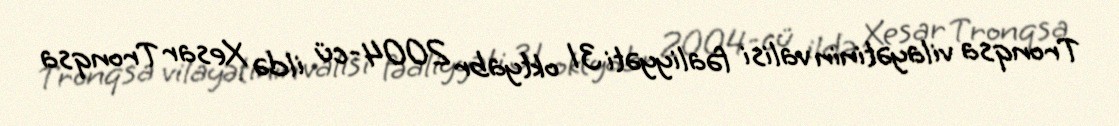
Tronqsa vilayətinin valisi fəaliyyəti 31 oktyabr 2004-cü ildə Xesar Tronqsa